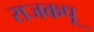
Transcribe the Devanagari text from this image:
राजकपू